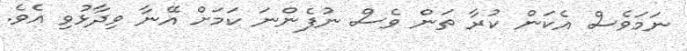
ނަމަވެސް އެކަން ކުރާ ތަން ވެސް ނުފެންނަ ކަމަށް އޭނާ ވިދާޅުވި އެވެ.